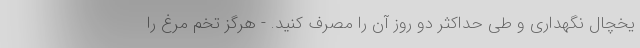
یخچال نگهداری و طی حداکثر دو روز آن را مصرف کنید. - هرگز تخم مرغ را